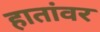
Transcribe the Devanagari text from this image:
हातांवर